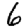
Digit: 6